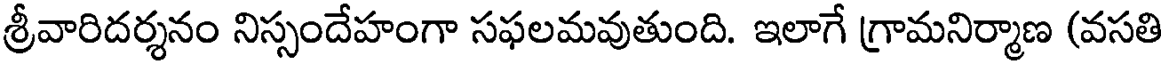
శ్రీవారిదర్శనం నిస్సందేహంగా సఫలమవుతుంది. ఇలాగే గ్రామనిర్మాణ (వసతి